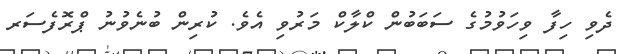
ދެވި ހިފާ ވިހަވުމުގެ ސަބަބުން ކްލާކް މަރުވި އެވެ. ކުރިން ބުނެވުނު ޕްރޮފެސަރ